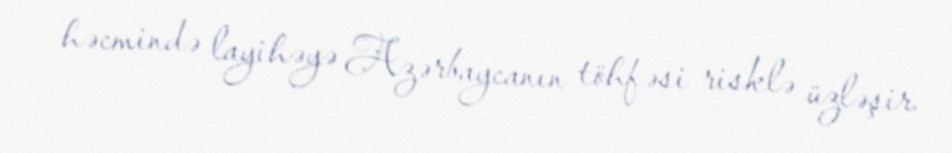
həcmində layihəyə Azərbaycanın töhfəsi risklə üzləşir.